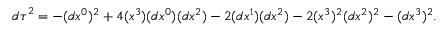
{ d \tau } ^ { 2 } = - ( d x ^ { 0 } ) ^ { 2 } + 4 ( x ^ { 3 } ) ( d x ^ { 0 } ) ( d x ^ { 2 } ) - 2 ( d x ^ { 1 } ) ( d x ^ { 2 } ) - 2 ( x ^ { 3 } ) ^ { 2 } ( d x ^ { 2 } ) ^ { 2 } - ( d x ^ { 3 } ) ^ { 2 } .